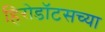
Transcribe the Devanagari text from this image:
हिरोडॉटसच्या